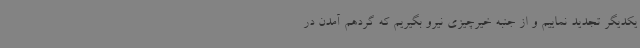
یکدیگر تجدید نماییم و از جنبه خیرچیزی نیرو بگیریم که گردهم آمدن در